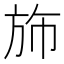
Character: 斾